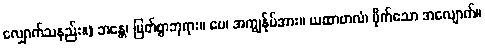
လျှောက်သနည်း။) ဘန္တေ၊ မြတ်စွာဘုရား။ မေ၊ အကျွန်ုပ်အား။ ယထာဗာလံ၊ မိုက်သော အလျောက်။